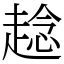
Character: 趝